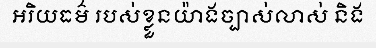
អរិយធម៌ របស់ខ្លួនយ៉ាងច្បាស់លាស់ និង